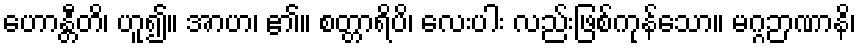
ဟောန္တီတိ၊ ဟူ၍။ အာဟ၊ ၏။ စတ္တာရိပိ၊ လေးပါး လည်းဖြစ်ကုန်သော။ မဂ္ဂဉာဏာနိ၊